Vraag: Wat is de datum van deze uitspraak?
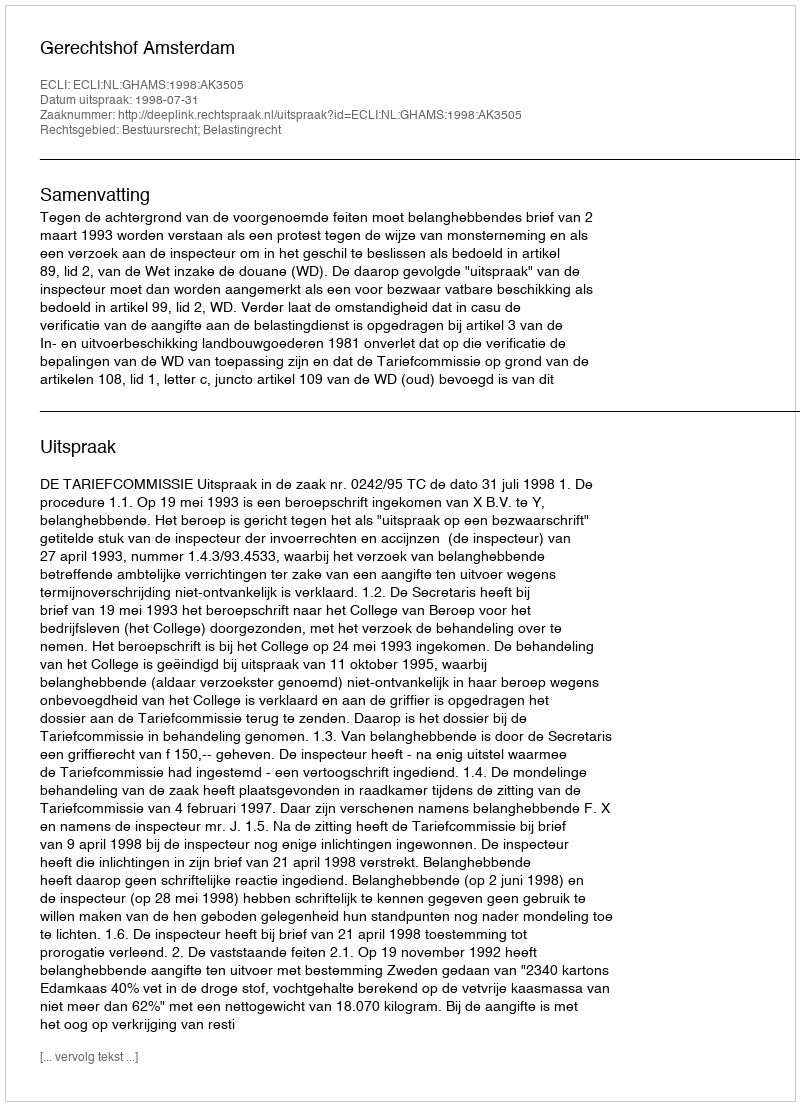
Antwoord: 1998-07-31